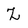
Character: z